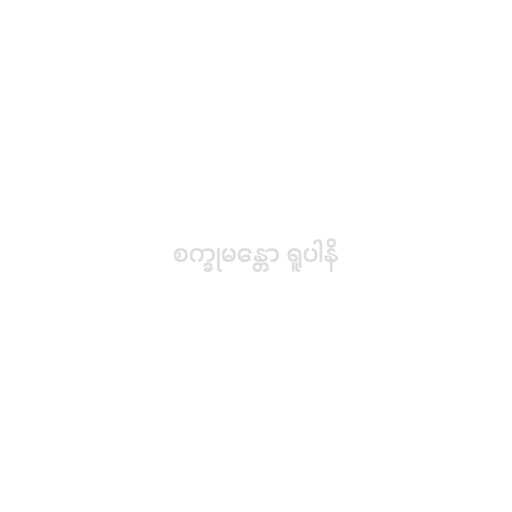
စက္ခုမန္တော ရူပါနိ